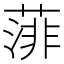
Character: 𦸪